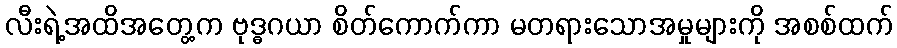
လီးရဲ့အထိအတွေ့က ဗုဒ္ဓဂယာ စိတ်ကောက်ကာ မတရားသောအမှုများကို အစစ်ထက်